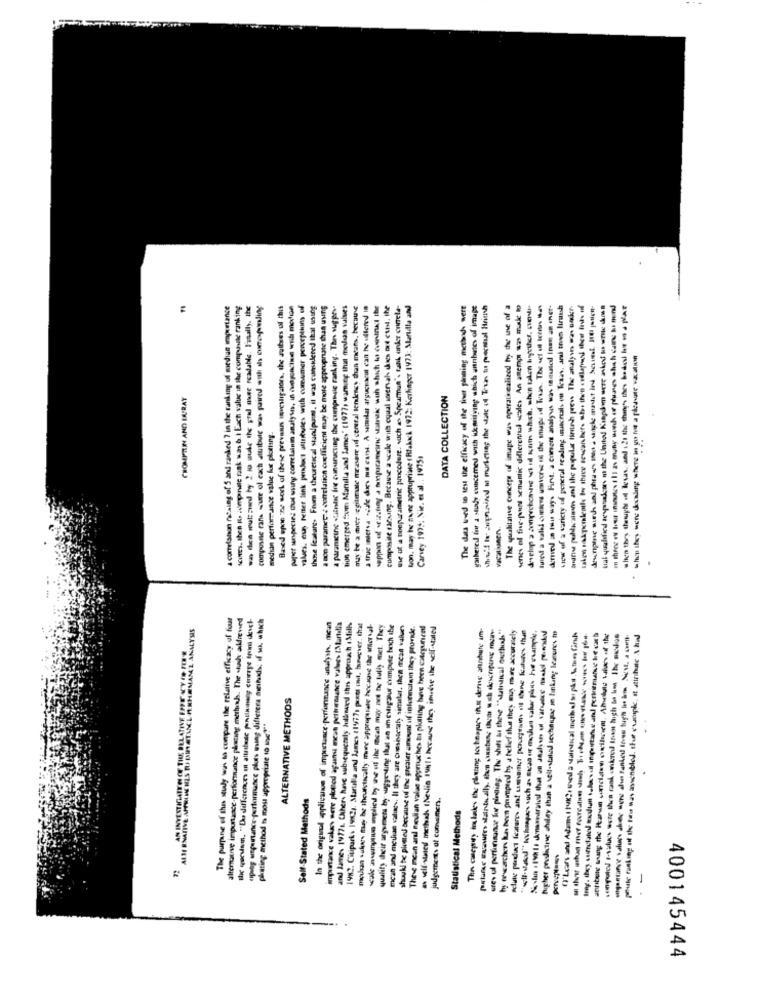
a conelanon nosung of 5 and ranked ? in the ranking of medias importance
scores. then I rompante rank was 6.1 Each value in the composite ranking
was dee wutz;und hy ! io suke the pral owee readable. Fatally, the
compusale can sur ol cach attubule =as paired with is onepeeling
Based epe :ne work of these prevann investigatork, the suitses of this
pupet especies Dos using comclaim analyin, is cudpoklad with medion
values. es, retter link perdent allitsles with comumer perceptuns of
those features From a theuretical stalpust, il was considered thal tsung
a son paranet :. correlation coefficient may be more appropriate than using
a paranacine «inlac fre cunuructing the cumprinsie ranking. The vugges.
tion emerged from Martilla and James' (1977, warung that mean values
may be a moet -cgilmale measure of central teneses than meats, because
suppen of vecchiay a imporancor work with which to continat the
composite saraing. Because a scale will oqual itervah dies out cusl. the
me ut a nonpurametric procedure. such as Spearman's tank under crinela-
Non, may the mine appropriate ( Rfakxk 197): Korlinger 1973: Martdla and
The das weed to test the efficacy of the four pinning methods were
gathered for a study ouncemed with iumifying which annibutes of image
who's to superined in muniching the state of Trun to pascoal Heinh
The qualitative cunceps of image was operatiealized hoy the use of a
senes ol fie-pund semantic dillerentul scales An anemp - uk Mo
develop a ženyechchic vi ual kum which, shin talen hviler, cuenddi.
tured a valid olekens universe of the shape of Texas. The set of termins ...
demned a tou way. First. a comens analyus was ramusol Inen an ener-
view of a variety of general reading mitcruals oo Tas, and trvan lirush
Branie publicainn and the popula tinich prev The analyse was under-
Jungle surhan hos sa _ ungle maket in bound Il ic-
Gral qualified sexponadcar m the United Kingdom were asked to write men
:
when they were decaling where in you for a pla vat
CROMPTEIN AND LURAY
DATA COLLECTION
median performance value for plotting.
Carvey 1975: Nie. et al ., 19751
The purpane of the study was to compare the relative efficacy of four
alternative importance performance placing mertens. The wash adreved
spray enpartance -performance plus using diflerera aumhuds: if wo. which
NISTAML M.NHEMAML ANALYSIS
In the origsul aplicanve of importance-perfontunce analysis, mean
importance vaka mere plotod againu mean petternuance values (Murtelia
and Jame- 19771. Others hanse subsequently Julived this approach .Mill
1982. Citiparks 1962). Starulla and James (19771 parti cnd, heever. that
molan sukat true he theunctacally more apprupunade because the aftersal
quality deir argumets by suggesting that an amerigosur compute hoch the
mcan and meurae salud .. Il they are chesidesthy similar. then mean values
shuukl te plotted because of the greater amount of inturmaten they prunk.
These meun anl median valas approaches to plating have been categuneel
The casepity inslades the plusung tocheapues Ihm derive ahnbate im-
eres ul perfunsance lo pindling. The shiti bu these ""statistical gacthis"
hy envarchers lun hern prompted hy a belief that they mis more accurately
,unpotod statues sote then rank unkrol too high to in the modos
higher predictive chiley than a self-stated sechange in linking lezures to
pak taking of the two was aanbied thur cumple. it ainhate \ had
ALTERNATIVE METHODS
phating method ts most appropriate 10 me!"
.
Self-Stated Methods
judgements al comemens.
AN INYESTH
Statistical Methods
-
400145444